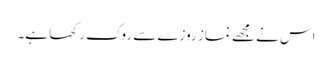
اس نے مجھے نماز روزے سے روک رکھا ہے۔